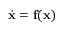
\dot { \mathbf { x } } = \mathbf { f } ( \mathbf { x } )